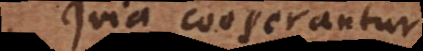
Quia cooperantur.